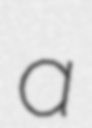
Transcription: a